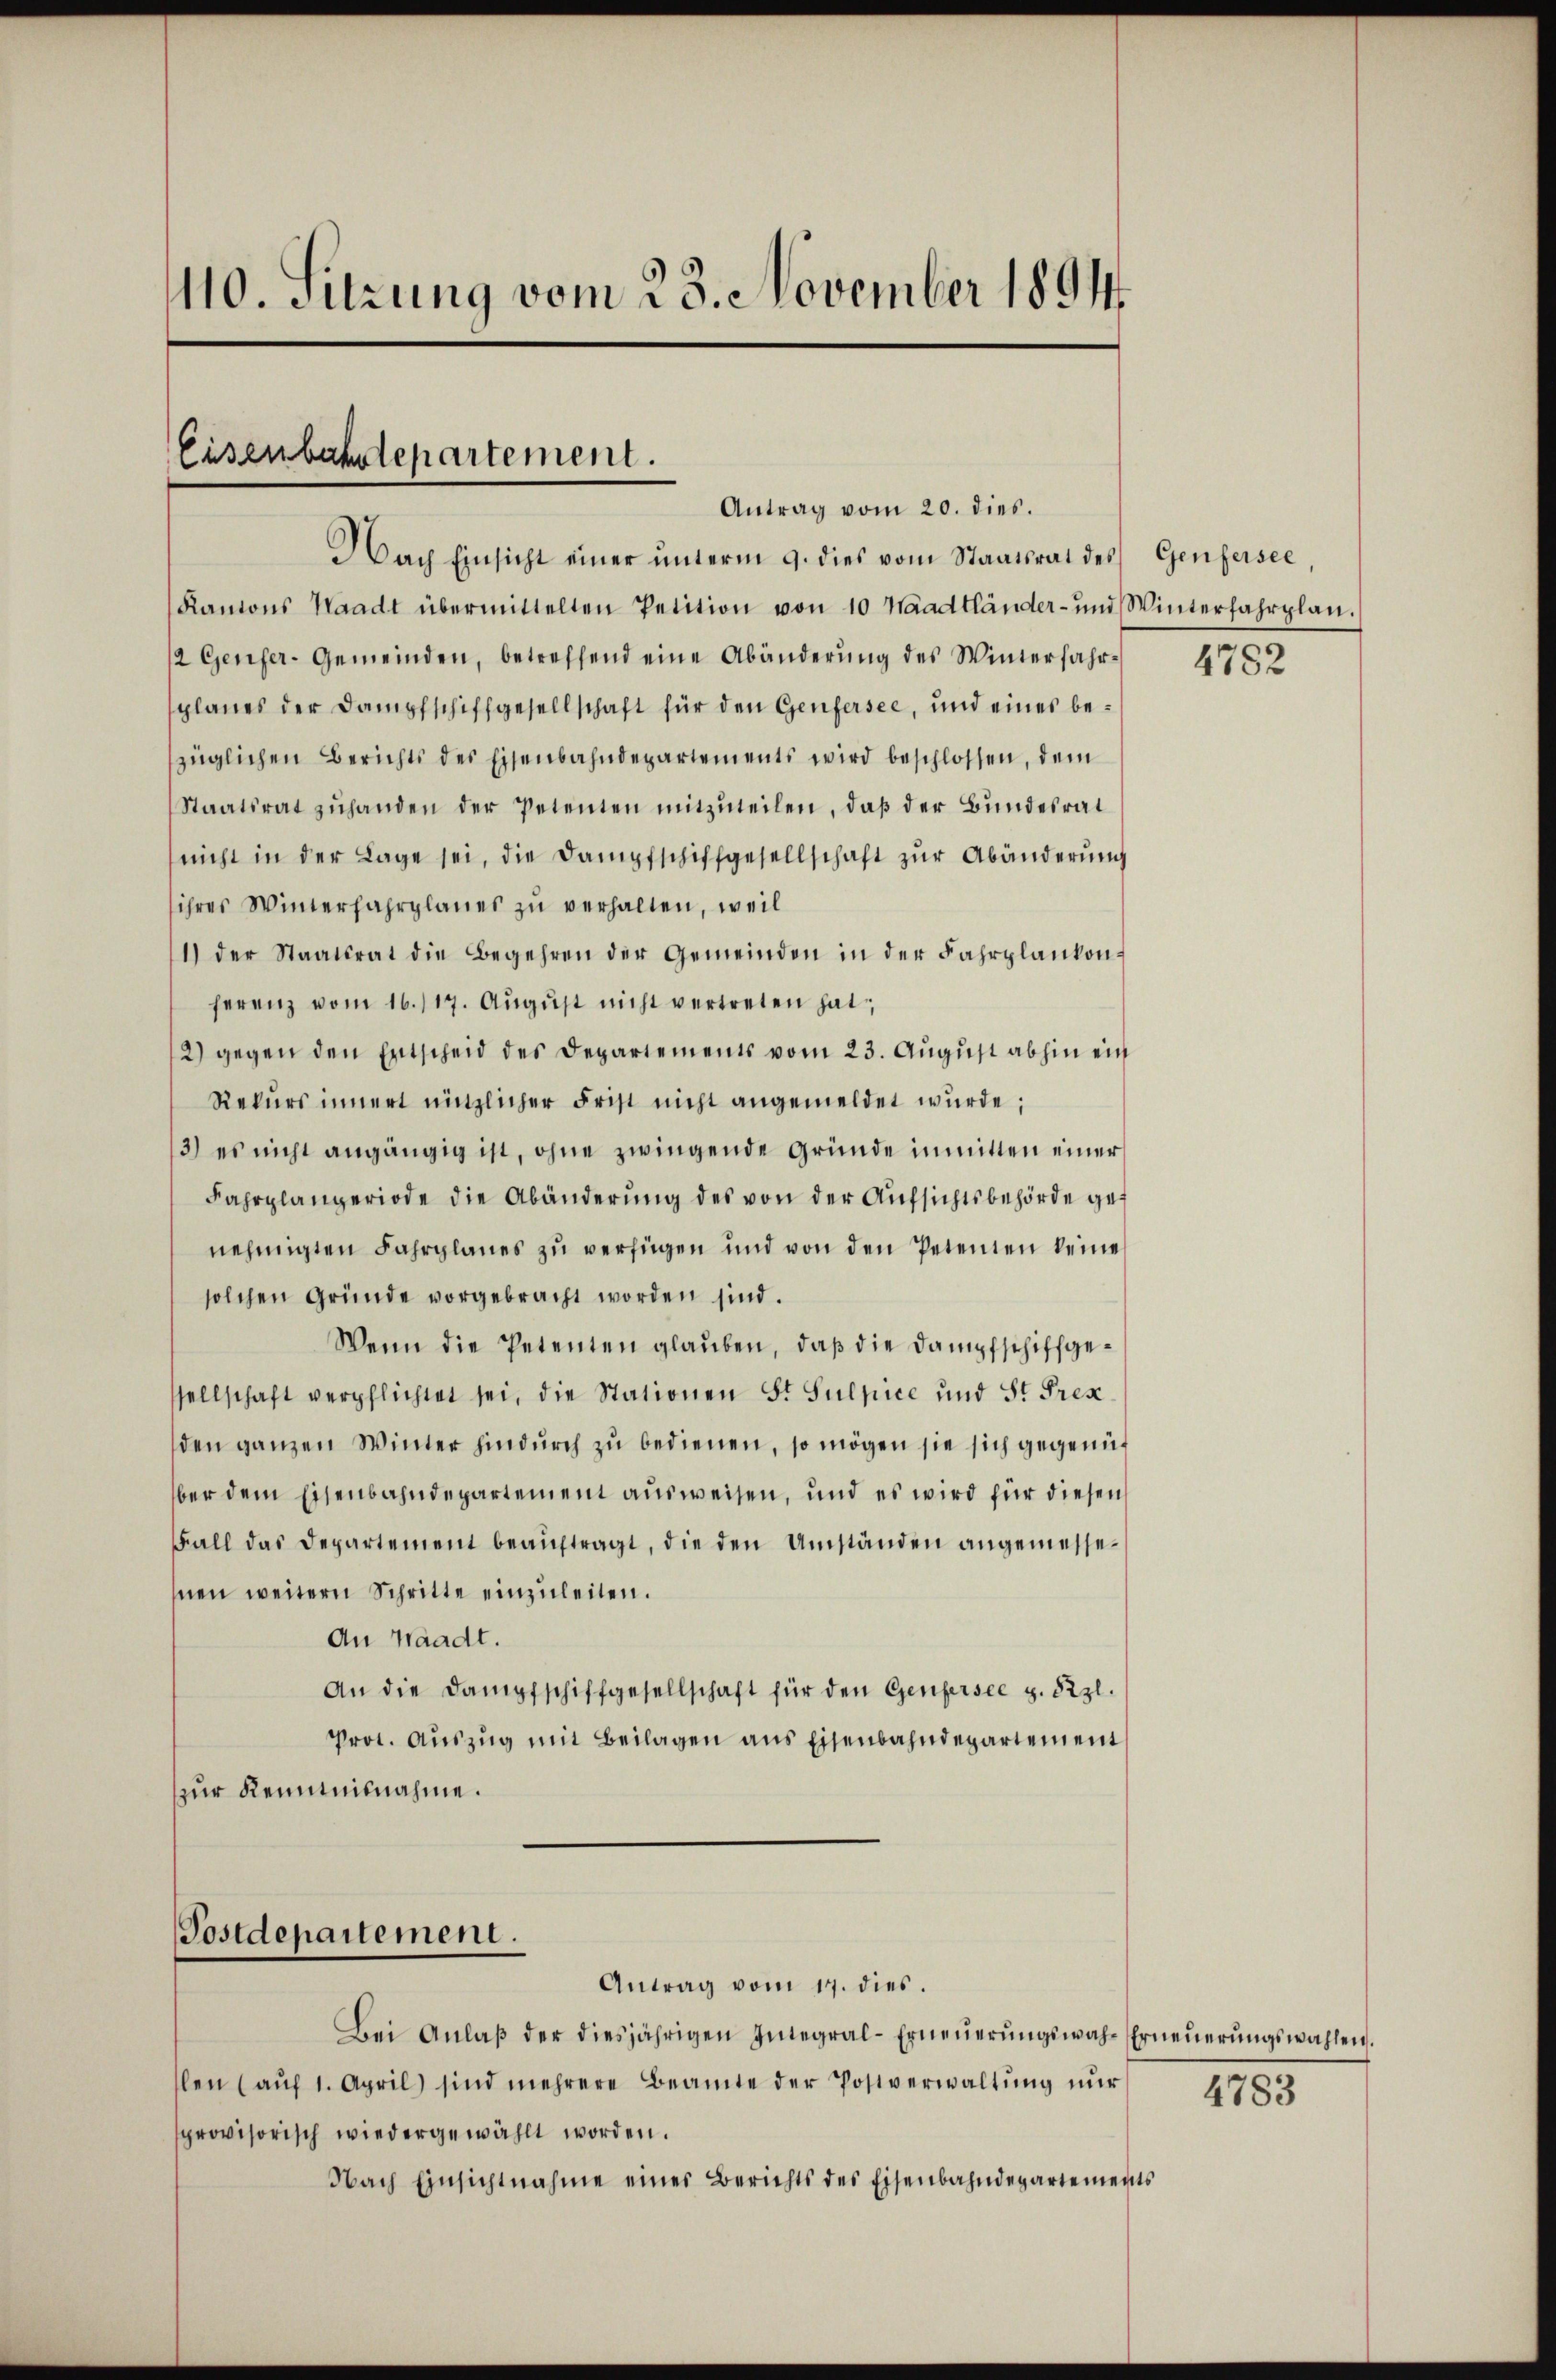
110. Sitzung vom 23. November 1894.

Eisenbahntepartement.
Antrag vom 20. dies.

Nach Einsicht einer ŭnterm 9. dies vom Staatsrat des Genfersee,
Kantons Waadt übermittelten Petition von 10 Waadtländer- und Winterfahrplan.
2 Genfer-Gemeinden, betreffend eine Abänderung des Winterfahrplanes der Dampfschiffgesellschaft für den Genfersee, und eines bezüglichen Berichts des Eisenbahndepartements wird beschlossen, dem
Staatsrat zŭhanden der Petenten mitzuteilen, daß der Bundesrat
nicht in der Lage sei, die Dampfschiffgesellschaft zŭr Abänderŭng
ihres Winterfahrplanes zu verhalten, weil
1) der Staatsrat die Begehren der Gemeinden in der Fahrplankonferenz vom 16. 117. Aŭgŭst nicht vertreten hat,
2) gegen den Entscheid des Departements vom 23. August abhin ein
Rekurs innert nützlicher Frist nicht angemeldet wurde;
13.) es nicht angängig ist, ohne zwingende Gründe inmitten einer
Fahrplangeriode die Abänderung des von der Aufsichtsbehörde genehmigten Fahrplanes zu verfügen und von den Petenten keine
solchen Gründe vorgebracht worden sind.
Wenn die Petenten glauben, daß die Dampfschiffgesellschaft verpflichtet sei, die Stationen St. Sulpice und St. Pres
den ganzen Winter hindurch zu bedienen, so mögen sie sich gegenüber dem Eisenbahndepartement ausweisen, und es wird für diesen
Fall das Departement beaŭftragt, die den Umständen angemessehnen weitern Schritte einzuleiten.
An Waadt.
An die Dampfschiffgesellschaft für den Genfersee z. Szl.
Prot. Auszug mit Beilagen aus Eisenbahndepartement
zur Kenntnisnahme.

Postdepartement.

Antrag vom 17. dies.
Bei Anlaβ der diesjährigen Integral-Erneŭerŭngswah-Erneŭerŭngswahlen.
len (auf 1. April) sind mehrere Beamte der Postverwaltŭng nŭr
provisorisch wiedergewählt worden.
Nach Einsichtnahme eines Berichts des Eisenbahndepartements

4782

4783